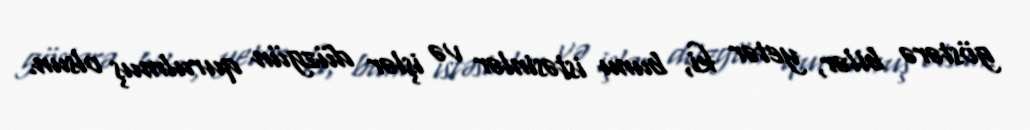
göstərə bilər, yetər ki, bunu istəsinlər və işlər düzgün qurulmuş olsun.